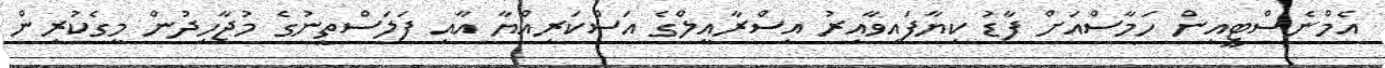
އެމްނެސްޓީއިން ހަމާސްއަށް ފާޑު ކިޔާފައިވާއިރު އިސްރާއީލްގެ އަސްކަރިއްޔާ އާއި ފަލަސްތީނުގެ މުޖާހިދުން މީގެކުރިން